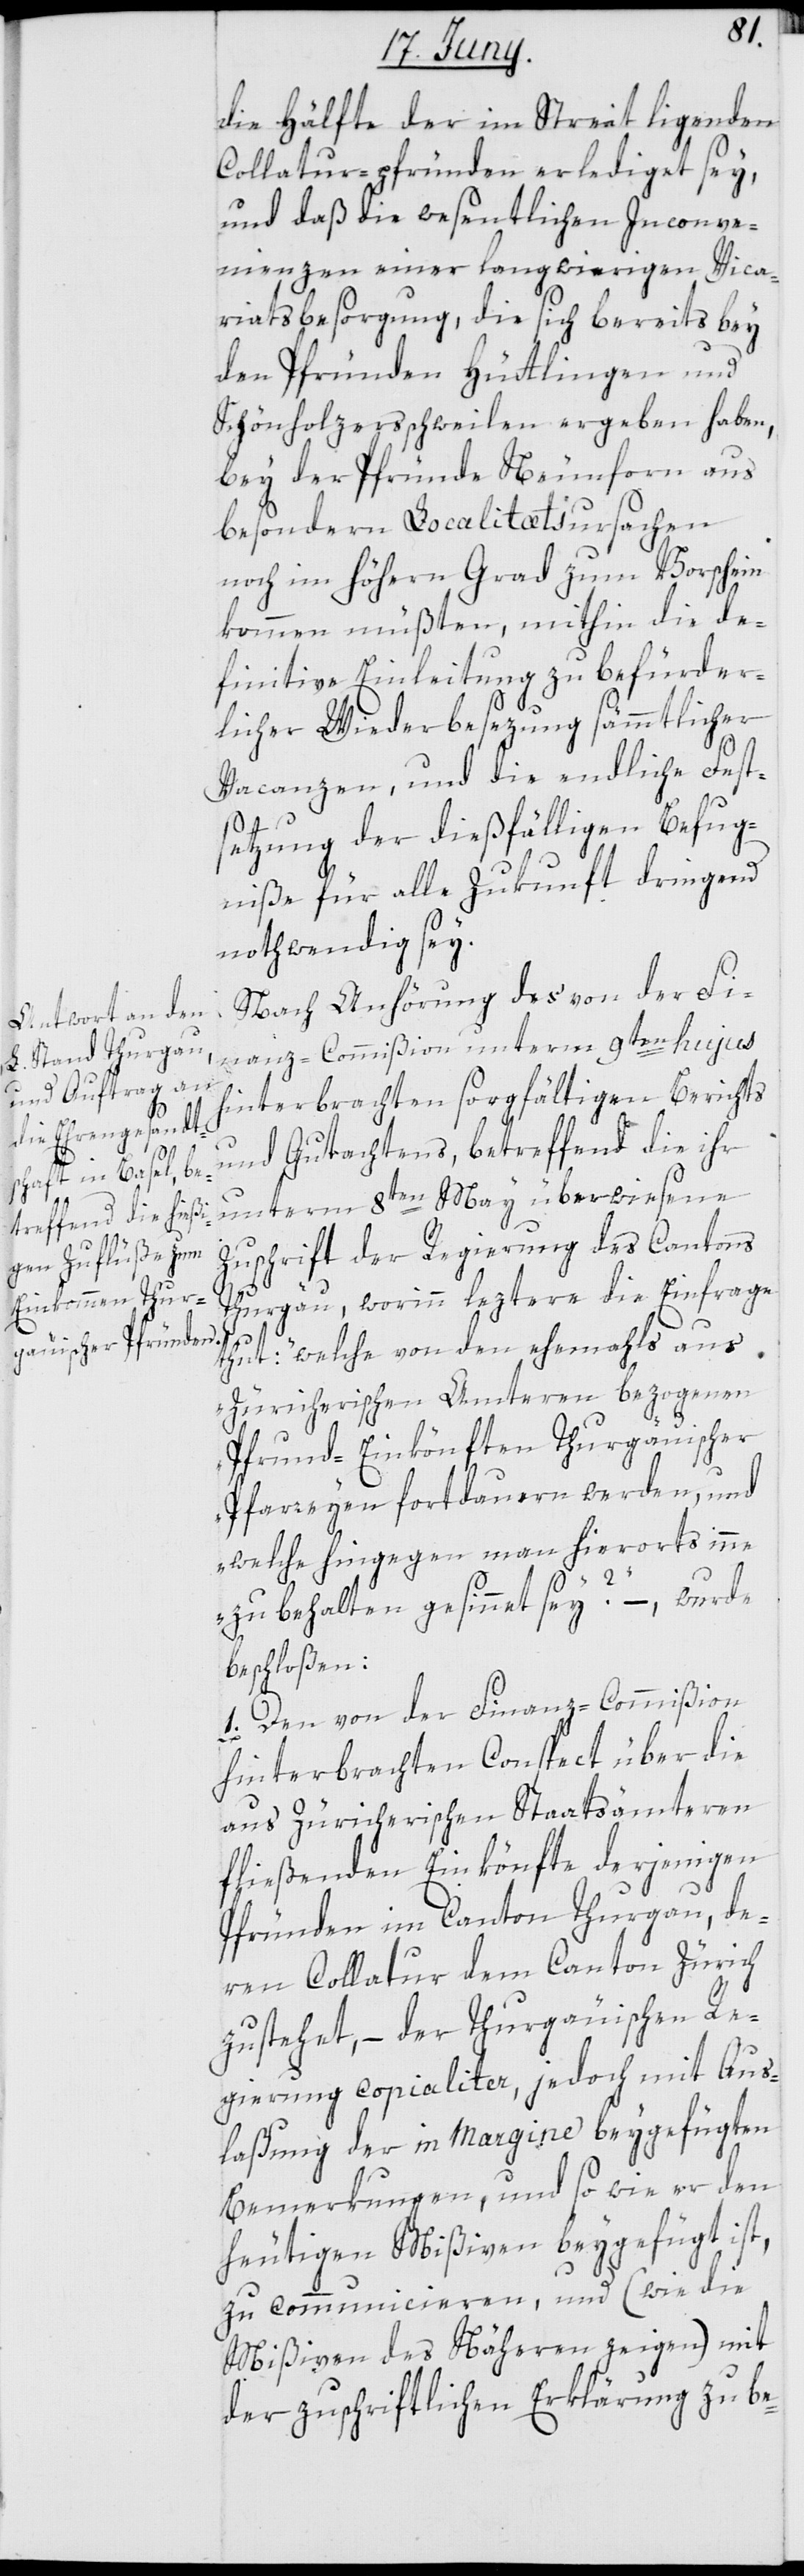
die Hälfte der im Streit ligenden
Collatur-pfründen erlediget sey,
und daß die wesentlichen Inconve¬
nienzen einer langwierigen Vica¬
riatsbesorgung, die sich bereits bey
den Pfründen Hüttlingen und
Schönholzersschweilen ergeben haben,
bey der Pfründe Neunforn aus
besondern Localitätsursachen
noch in höheren Grad zum Vorschein
kommen müßten, mithin die de¬
finitive Einleitung zu befürder¬
licher Wiederbesezung sämmtlicher
Vacanzen, und die endliche Fest¬
setzung der dießfälligen Befug¬
niße für alle Zukunft dringend
nothwendig sey.
Nach Anhörung des von der Fi¬
nanz-Commißion unterm 9ten hujus
hinterbrachten sorgfältigen Berichts
und Gutachtens, betreffend die ihr
unterm 8ten May überwiesene
Zuschrift der Regierung des Cantons
Thurgäu, worinn leztere die Einfrage
thut: „welche von den ehemals aus
zürcherischen Ämteren bezogenen
Pfrund-Einkönften Thurgäuischer
Pfarreyen fortdauern werden, und
welche hingegen man hierorts inne
zu behalten gesinnet sey?“ – wurde
beschloßen:
1. Den von der Finanz-Commißion
hinterbrachten Conspect über die
aus Zürcherischen Staatsämteren
fließenden Einkönfte derjenigen
Pfründen im Canton Thurgau, de¬
ren Collatur dem Canton Zürich
zustehet, – der Thurgäuischen Re¬
gierung copialiter, jedoch mit Aus¬
laßung der in Margine beygefügten
Bemerkungen, und so wie er den
heutigen Mißiven beygefügt ist,
zu communicieren, und (wie die
Mißiven des Näheren zeigen) mit
der zuschriftlichen Erklärung zu be-